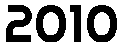
2010